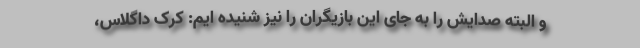
و البته صدایش را به جای این بازیگران را نیز شنیده ایم: کرک داگلاس،